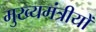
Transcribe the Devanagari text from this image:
मुख्यमंत्रीयों